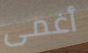
أغمى